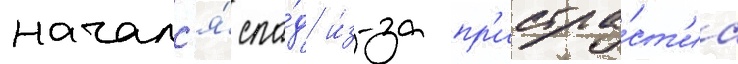
началс'я́ спа́д и́з-за пр'истра́ст'иа